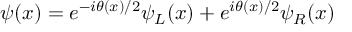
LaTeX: \psi ( x ) = e ^ { - i \theta ( x ) / 2 } \psi _ { L } ( x ) + e ^ { i \theta ( x ) / 2 } \psi _ { R } ( x )